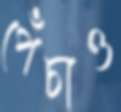
পেঁচাও